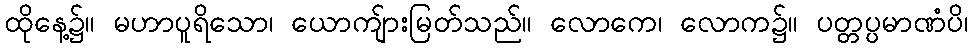
ထိုနေ့၌။ မဟာပူရိသော၊ ယောကျ်ားမြတ်သည်။ လောကေ၊ လောက၌။ ပတ္တပ္ပမာဏံပိ၊